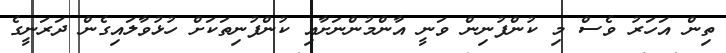
ތިން އަހަރު ވެސް މި ކުންފުނިން ވަނީ އާންމުންނަށާއި ކުންފުނިތަކަށް ހުޅުވާލައިގެން ދަރަނީގެ